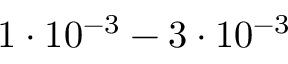
1 \cdot 1 0 ^ { - 3 } - 3 \cdot 1 0 ^ { - 3 }